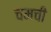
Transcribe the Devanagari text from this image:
चमची